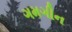
ગમગીન